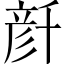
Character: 𠦳